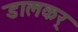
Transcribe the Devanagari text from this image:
डालकर्